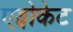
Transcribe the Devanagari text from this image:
एड्वोकेट